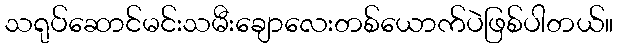
သရုပ်ဆောင်မင်းသမီးချောလေးတစ်ယောက်ပဲဖြစ်ပါတယ်။